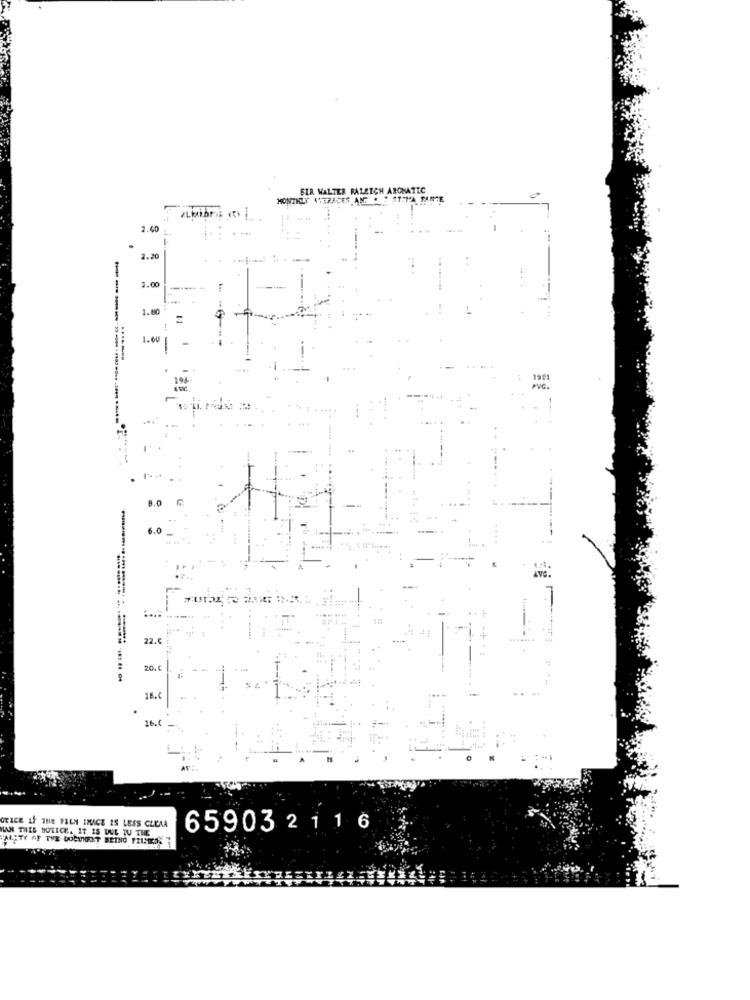
BIR WALTER RALEIGH ARONATIC
MONTHLY AVERAGES AND . " ST-MA PARTE
2.40
2.20
3.00
1.000
1.60
1981
PVC.
5.0
22.6
20.5
+ 4.44
18.6
16.0
--
GRICE IF THE PALM INICE IS LESS CLEAA
659032 1 1 6
MAN THEE NOTICE. IT IS DUE TO THE